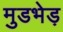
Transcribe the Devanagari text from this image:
मुडभेड़